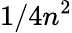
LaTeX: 1/4n^{2}